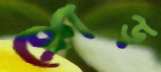
ক্রোড়